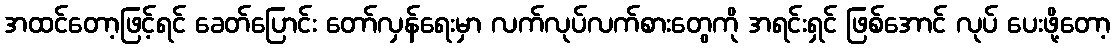
အထင်တော့ဖြင့်ရင် ခေတ်ပြောင်း တော်လှန်ရေးမှာ လက်လုပ်လက်စားတွေကို အရင်းရှင် ဖြစ်အောင် လုပ် ပေးဖို့တော့